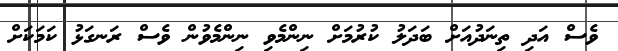
ވެސް އަދި ތިނަދުއަށް ބަދަލު ކުރުމަށް ނިންމެވި ނިންމެވުން ވެސް ރަނގަޅު ކަމަކަށް